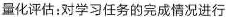
量化评估：对学习任务的完成情况进行